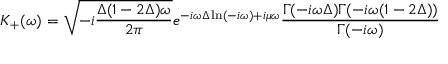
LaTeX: K _ { + } ( \omega ) = \sqrt { - i \frac { \Delta ( 1 - 2 \Delta ) \omega } { 2 \pi } } e ^ { - i \omega \Delta \ln ( - i \omega ) + i \mu \omega } \frac { \Gamma ( - i \omega \Delta ) \Gamma ( - i \omega ( 1 - 2 \Delta ) ) } { \Gamma ( - i \omega ) }